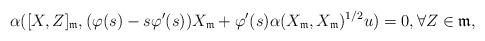
\begin{align*}\alpha([X,Z]_\mathfrak{m},(\varphi(s)-s\varphi'(s))X_\mathfrak{m}+\varphi'(s)\alpha(X_\mathfrak{m},X_\mathfrak{m})^{1/2}u)=0,\forall Z\in\mathfrak{m},\end{align*}